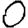
Digit: 0